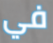
في